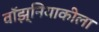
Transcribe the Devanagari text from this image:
वॉझ्नियाकीला